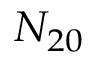
N _ { 2 0 }